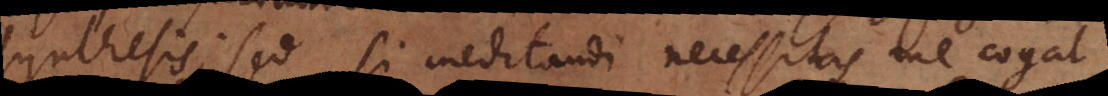
synthesis; sed si meditandi necessitas me cogat